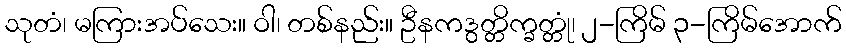
သုတံ၊ မကြားအပ်သေး။ ဝါ၊ တစ်နည်း။ ဦနကဒွတ္တိက္ခတ္တုံ၊ ၂-ကြိမ် ၃-ကြိမ်အောက်